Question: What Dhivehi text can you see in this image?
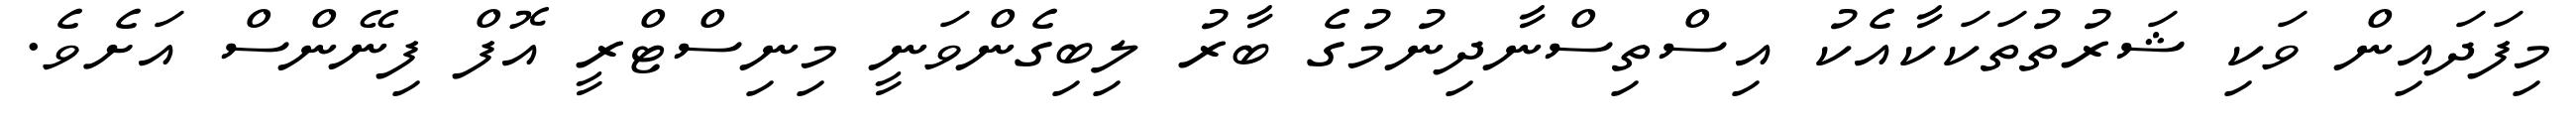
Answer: މިފަދައިން ވަކި ޝަރުތުތަކަކާއެކު އިސްތިސްނާދިނުމުގެ ބާރު ލިބިގެންވަނީ މިނިސްޓްރީ އޮފް ފިނޭންސް އަށެވެ.